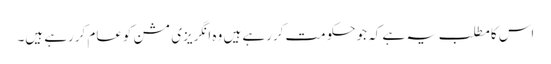
اس کامطلب یہ ہے کہ جوحکومت کررہے ہیں وہ انگریزی مشن کوعام کررہے ہیں۔